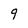
Character: 9